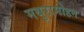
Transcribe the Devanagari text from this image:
मथुरामोहन